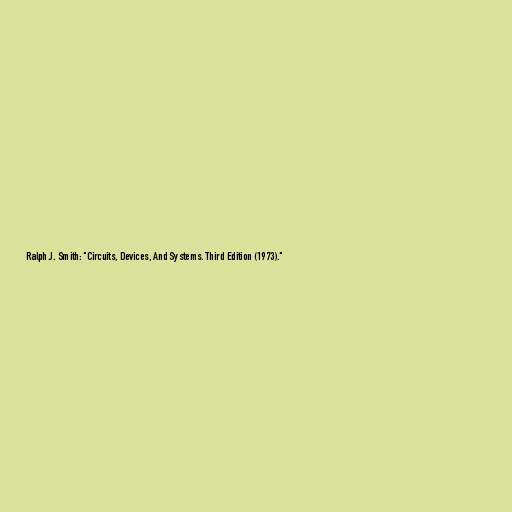
Ralph J. Smith: "Circuits, Devices, And Systems. Third Edition (1973)."